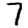
Digit: 7